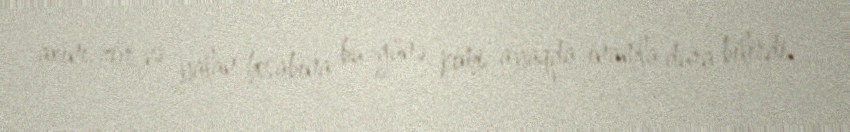
axını, zor və yalan hesabına bu günə kimi ayaqda inamla dura bilirdi.